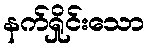
နက်ရှိုင်းသော